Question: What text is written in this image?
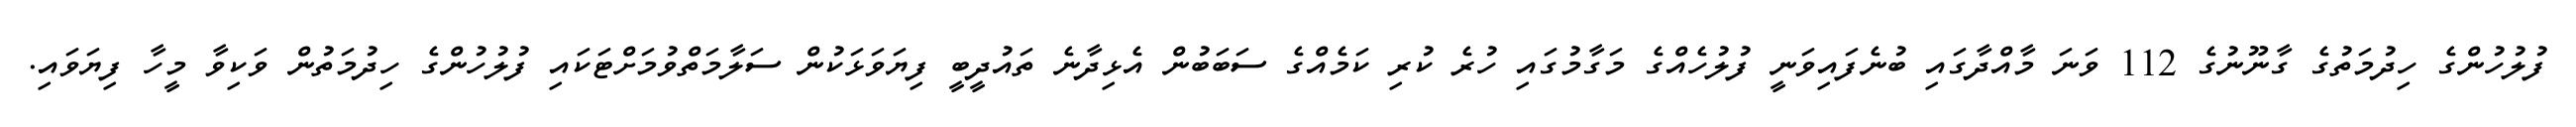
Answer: ފުލުހުންގެ ހިދުމަތުގެ ގާނޫނުގެ 112 ވަނަ މާއްދާގައި ބުނެފައިވަނީ ފުލުހެއްގެ މަގާމުގައި ހުރެ ކުރި ކަމެއްގެ ސަބަބުން އެޅިދާނެ ތައުދީބީ ފިޔަވަޅަކުން ސަލާމަތްވުމަށްޓަކައި ފުލުހުންގެ ހިދުމަތުން ވަކިވާ މީހާ ފިޔަވައި.